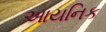
આયનિક